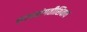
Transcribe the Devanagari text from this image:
साथसंगतीशिवाय